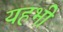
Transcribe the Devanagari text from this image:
यहभी